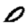
Digit: 0